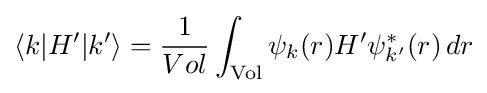
\langle k|H'|k'\rangle ={\frac {1}{Vol}}\int _{\mathrm {Vol} }\psi _{k}(r)H'\psi _{k'}^{*}(r)\,dr